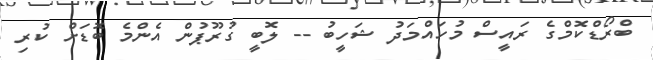
ބްރޯޑްކޮމްގެ ރައީސް މުހައްމަދު ޝަހީބު -- ލޮބީ ގުރޫޕުން އެންމެ ބޮޑަށް ކުރި